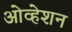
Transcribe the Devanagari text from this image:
ओव्हेशन